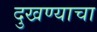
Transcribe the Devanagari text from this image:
दुखण्याचा